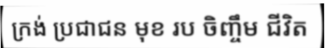
ក្រង់ ប្រជាជន មុខ រប ចិញ្ចឹម ជីវិត